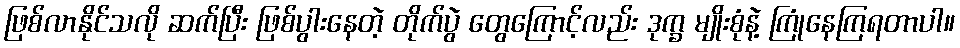
ဖြစ်လာနိုင်သလို ဆက်ပြီး ဖြစ်ပွါးနေတဲ့ တိုက်ပွဲ တွေကြောင့်လည်း ဒုက္ခ မျိုးစုံနဲ့ ကြုံနေကြရတာပါ။